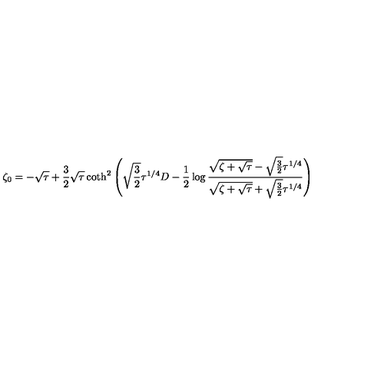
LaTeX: \zeta _ { 0 } = - \sqrt \tau + { \frac { 3 } { 2 } } \sqrt \tau \coth ^ { 2 } \left( \sqrt { \frac { 3 } { 2 } } \tau ^ { 1 / 4 } D - { \frac { 1 } { 2 } } \log { \frac { \sqrt { \zeta + \sqrt \tau } - \sqrt { \frac { 3 } { 2 } } \tau ^ { 1 / 4 } } { \sqrt { \zeta + \sqrt \tau } + \sqrt { \frac { 3 } { 2 } } \tau ^ { 1 / 4 } } } \right)